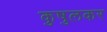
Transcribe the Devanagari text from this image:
कुषुलकर